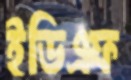
ইডিএফ